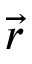
\vec { r }